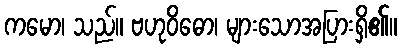
ကမော၊ သည်။ ဗဟုဝိဓော၊ များသောအပြားရှိ၏။